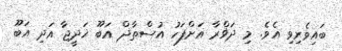
ބައިވެރިވި އެވެ. މި ދަޥްރާ އަށްފަހު އުސްތާޛް އަބޫ ޚަދީޖާ އަދި އަބޫ